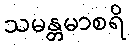
သမန္တမာစရိ